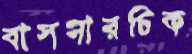
বাসনারচিক